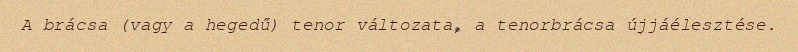
A brácsa (vagy a hegedű) tenor változata, a tenorbrácsa újjáélesztése.